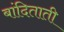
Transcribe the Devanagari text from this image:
बांदिताती